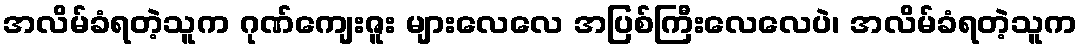
အလိမ်ခံရတဲ့သူက ဂုဏ်ကျေးဇူး များလေလေ အပြစ်ကြီးလေလေပဲ၊ အလိမ်ခံရတဲ့သူက